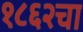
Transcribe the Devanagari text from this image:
१८६२चा